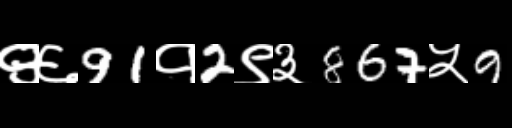
Text: ९६91१2९३867५9